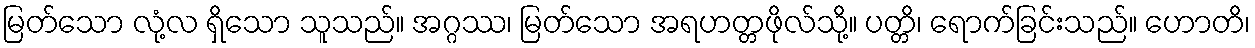
မြတ်သော လုံ့လ ရှိသော သူသည်။ အဂ္ဂဿ၊ မြတ်သော အရဟတ္တဖိုလ်သို့။ ပတ္တိ၊ ရောက်ခြင်းသည်။ ဟောတိ၊